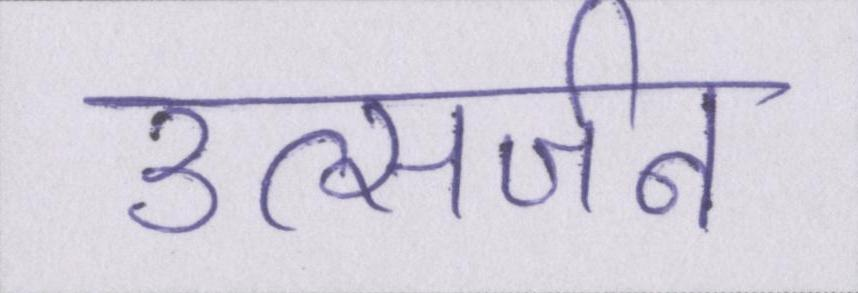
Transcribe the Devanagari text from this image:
उत्सर्जन